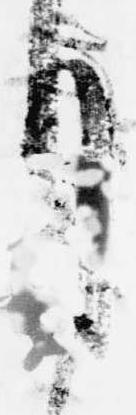
月